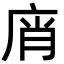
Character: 𢈭